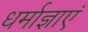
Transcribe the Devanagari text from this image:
धर्माज्ञाएं